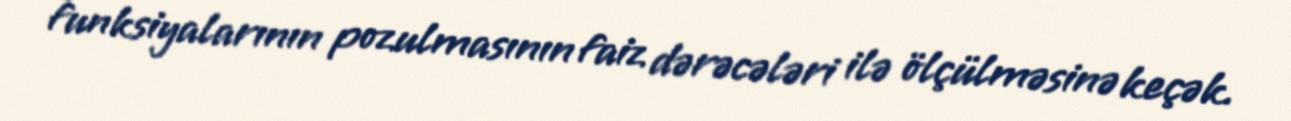
funksiyalarının pozulmasının faiz dərəcələri ilə ölçülməsinə keçək.